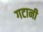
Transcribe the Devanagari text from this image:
गटानी